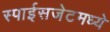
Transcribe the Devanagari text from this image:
स्पाईसजेटमध्ये